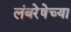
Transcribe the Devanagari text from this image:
लंबरेषेच्या